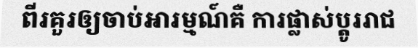
ពីរគួរឲ្យចាប់អារម្មណ៍គឺ ការផ្លាស់ប្តូររាជ